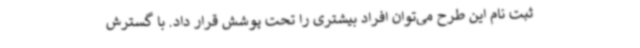
ثبت نام این طرح می‌توان افراد بیشتری را تحت پوشش قرار داد. با گسترش